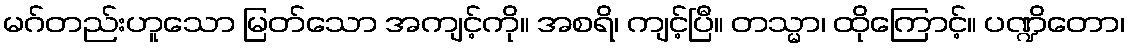
မဂ်တည်းဟူသော မြတ်သော အကျင့်ကို။ အစရိ၊ ကျင့်ပြီ။ တသ္မာ၊ ထိုကြောင့်။ ပဏ္ဍိတော၊